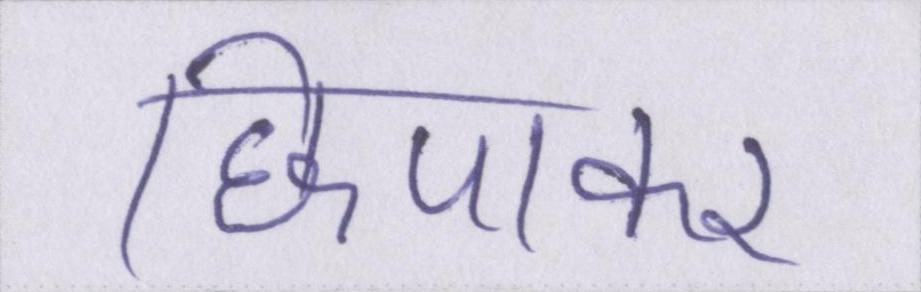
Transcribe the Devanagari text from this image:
छिपाकर